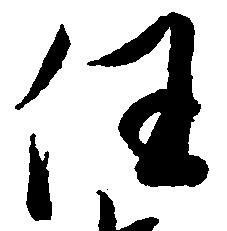
任